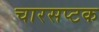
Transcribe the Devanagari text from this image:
चारसप्टक